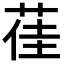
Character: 龿